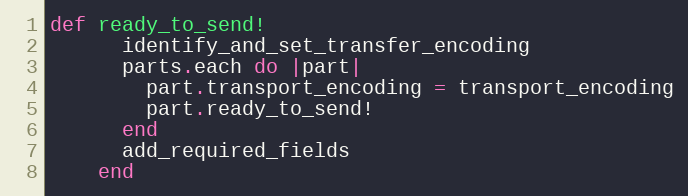
Language: Ruby
def ready_to_send!
      identify_and_set_transfer_encoding
      parts.each do |part|
        part.transport_encoding = transport_encoding
        part.ready_to_send!
      end
      add_required_fields
    end